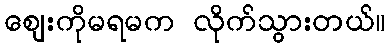
ဈေးကိုမရမက လိုက်သွားတယ်။